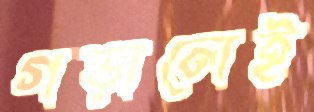
গড়ালেই